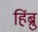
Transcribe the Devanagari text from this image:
हिंब्रु